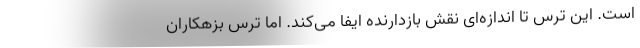
است. این ترس تا اندازه‌ای نقش بازدارنده ایفا می‌کند. اما ترس بزهکاران